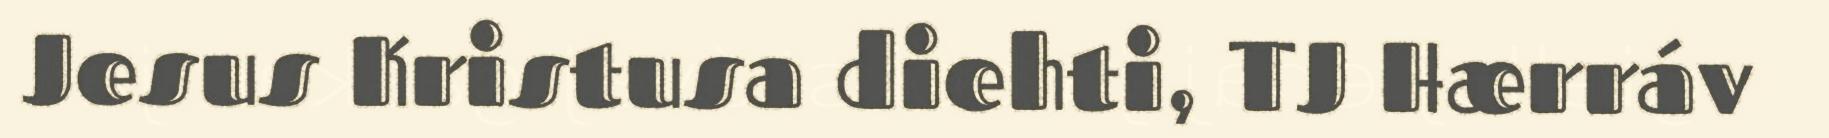
Jesus Kristusa diehti, TJ Hærráv